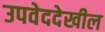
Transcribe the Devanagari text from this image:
उपवेददेखील